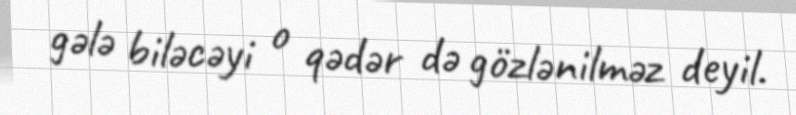
gələ biləcəyi o qədər də gözlənilməz deyil.